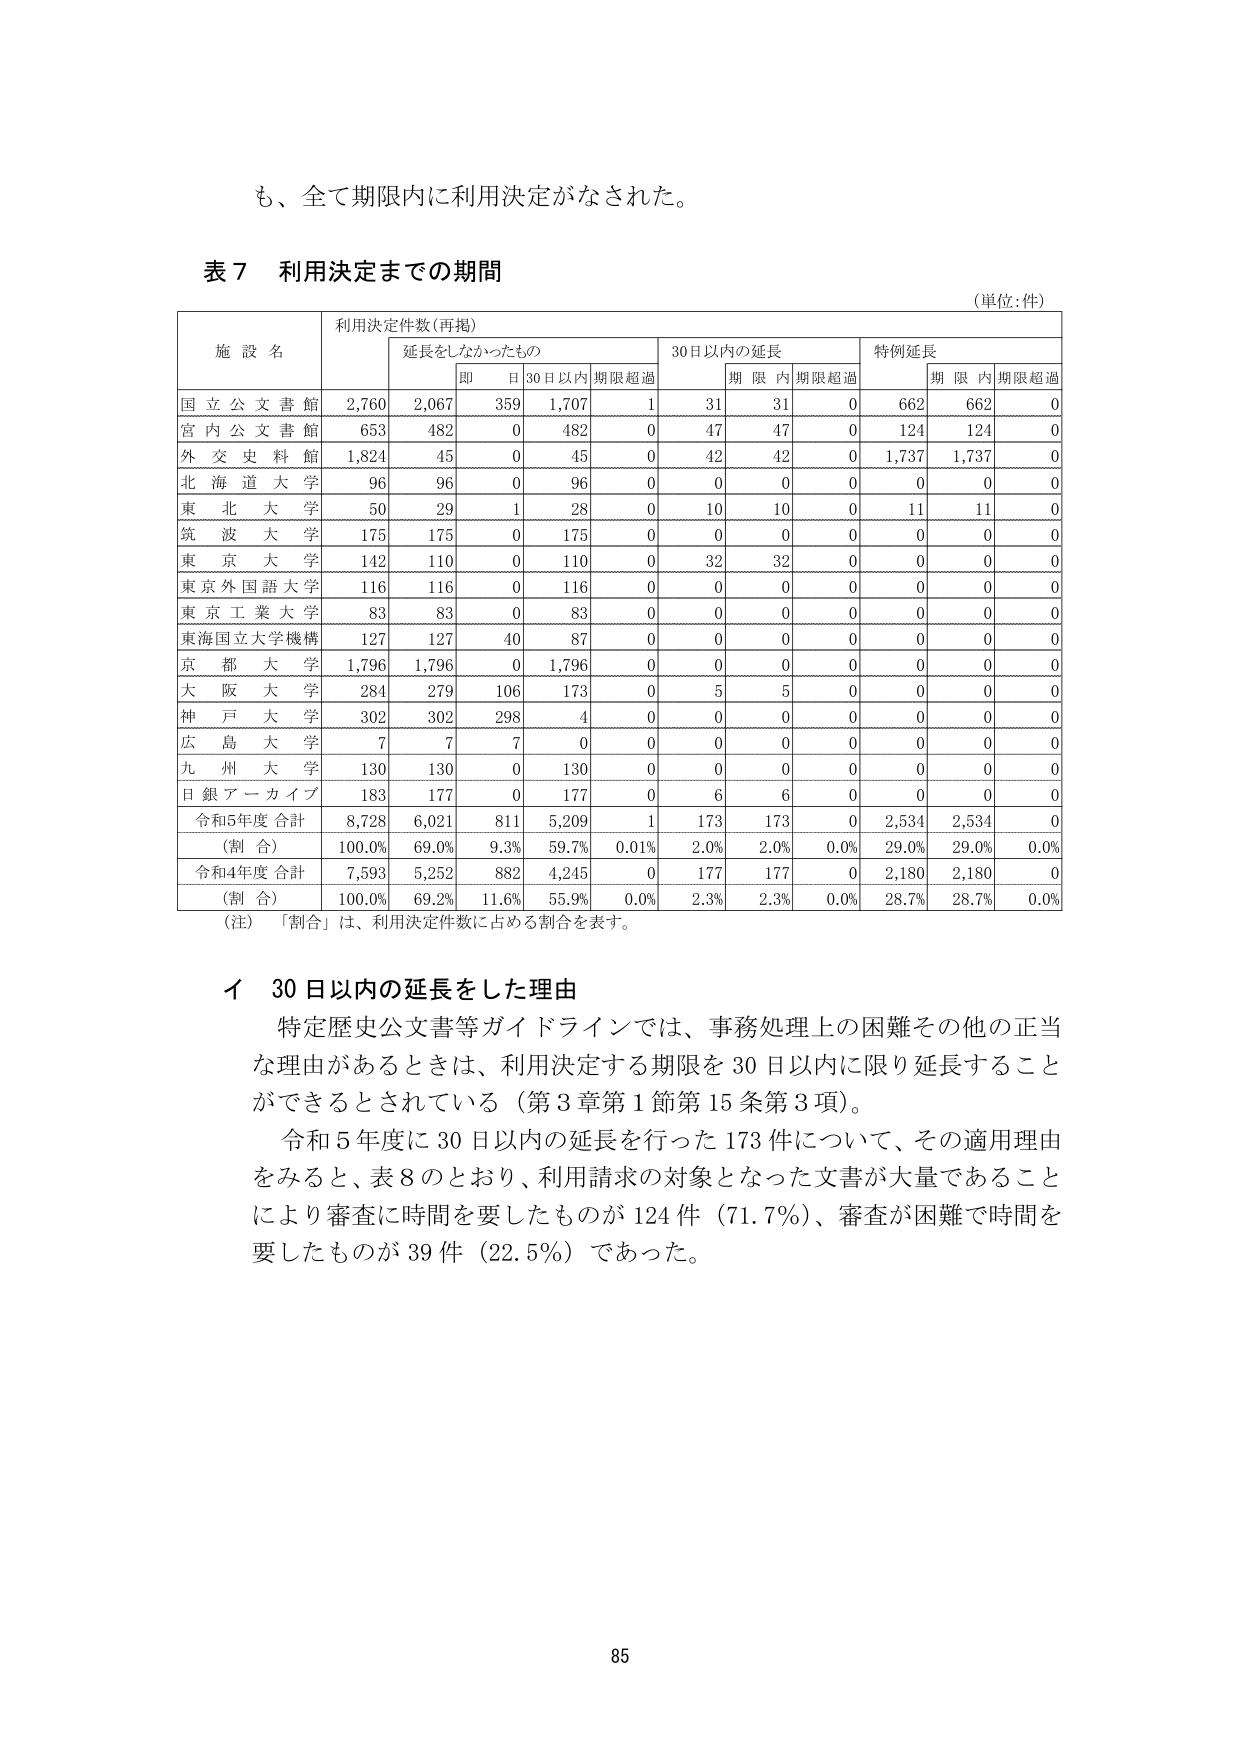
も、全て期限内に利用決定がなされた。

表７ 利用決定までの期間
（単位：件）

施設名 利用決定件数（再掲）
　　延長をしなかったもの 30日以内の延長 特例延長
　　　即日 30日以内 期限超過 期限内 期限超過 期限内 期限超過

国立公文書館 2,760 2,067 359 1,707 1 31 31 0 662 662 0
宮内公文書館 653 482 0 482 0 47 47 0 124 124 0
外交史料館 1,824 45 0 45 0 42 42 0 1,737 1,737 0
北海道大学 96 96 0 96 0 0 0 0 0 0 0
東北大学 50 29 1 28 0 10 10 0 11 11 0
筑波大学 175 175 0 175 0 0 0 0 0 0 0
東京大学 142 110 0 110 0 32 32 0 0 0 0
東京外国語大学 116 116 0 116 0 0 0 0 0 0 0
東京工業大学 83 83 0 83 0 0 0 0 0 0 0
東海国立大学機構 127 127 40 87 0 0 0 0 0 0 0
京都大学 1,796 1,796 0 1,796 0 0 0 0 0 0 0
大阪大学 284 279 106 173 0 5 5 0 0 0 0
神戸大学 302 302 298 4 0 0 0 0 0 0 0
広島大学 7 7 7 0 0 0 0 0 0 0 0
九州大学 130 130 0 130 0 0 0 0 0 0 0
日銀アーカイブ 183 177 0 177 0 6 6 0 0 0 0

令和5年度 合計 8,728 6,021 811 5,209 1 173 173 0 2,534 2,534 0
（割合） 100.0% 69.0% 9.3% 59.7% 0.01% 2.0% 2.0% 0.0% 29.0% 29.0% 0.0%
令和4年度 合計 7,593 5,252 882 4,245 0 177 177 0 2,180 2,180 0
（割合） 100.0% 69.2% 11.6% 55.9% 0.0% 2.3% 2.3% 0.0% 28.7% 28.7% 0.0%

（注）「割合」は、利用決定件数に占める割合を表す。

イ 30日以内の延長をした理由
特定歴史公文書等ガイドラインでは、事務処理上の困難その他の正当な理由があるときは、利用決定する期限を30日以内に限り延長することができるとしている（第3章第1節第15条第3項）。
令和5年度に30日以内の延長を行った173件について、その適用理由をみると、表8のとおり、利用請求の対象となった文書が大量であることにより審査に時間を要したものが124件（71.7％）、審査が困難で時間を要したものが39件（22.5％）であった。

85